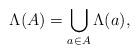
LaTeX: \begin{align*}\Lambda(A) = \displaystyle\bigcup_{a\in A}\Lambda(a),\end{align*}